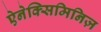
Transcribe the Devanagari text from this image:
ऐनेक्सिमिनिज़